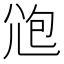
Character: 𡯚